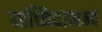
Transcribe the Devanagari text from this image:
सच्चिदानन्दं